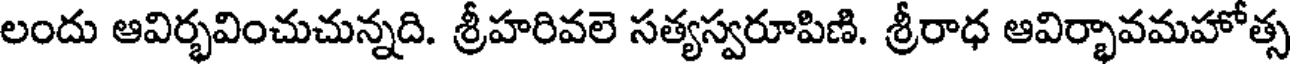
లందు ఆవిర్భవించుచున్నది. శ్రీహరివలె సత్యస్వరూపిణి. శ్రీరాధ ఆవిర్భావమహోత్స